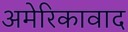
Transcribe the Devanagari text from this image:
अमेरिकावाद